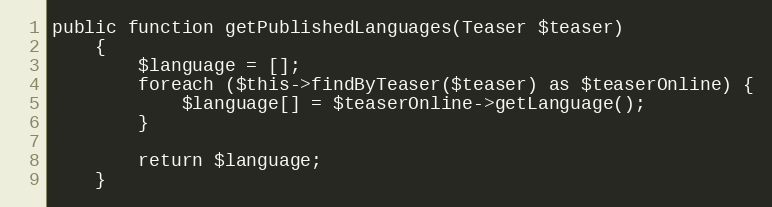
Language: PHP
public function getPublishedLanguages(Teaser $teaser)
    {
        $language = [];
        foreach ($this->findByTeaser($teaser) as $teaserOnline) {
            $language[] = $teaserOnline->getLanguage();
        }

        return $language;
    }